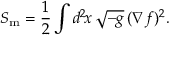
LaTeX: S _ { \mathrm { m } } = \frac { 1 } { 2 } \int d ^ { 2 } \! x \, \sqrt { - g } \, ( \nabla f ) ^ { 2 } .